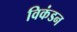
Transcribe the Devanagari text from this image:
विकंडन